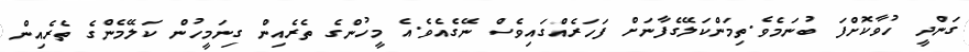
ގަންދީ ހުވާކޮށްފަ ބުނަމެވެ.ތިމަންކަލޭގެފާނަށް ފަހަރެއްގައިވެސް ނޭގެއެވެ.އެ މީހުންގެ ތެރެއިން ގިނަމީހުން ކަލޭމެންގެ ތެރެއިން